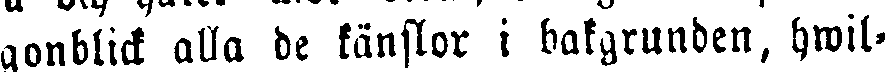
gonblick alla de känslor i bakgrunden, hwil-